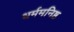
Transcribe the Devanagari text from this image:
धर्ममनिष्ठ